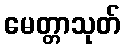
မေတ္တာသုတ်